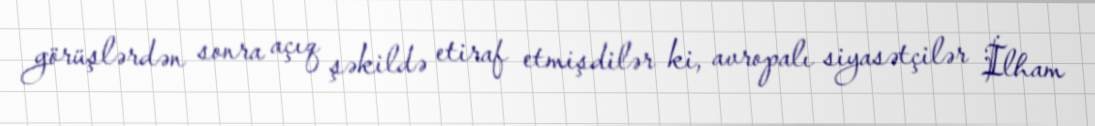
görüşlərdən sonra açıq şəkildə etiraf etmişdilər ki, avropalı siyasətçilər İlham